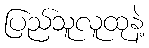
ပြည်သူလူထုနဲ့